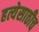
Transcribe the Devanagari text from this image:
हत्येसाठीच